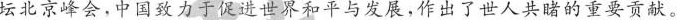
坛北京峰会，中国致力于促进世界和平与发展，作出了世人共睹的重要贡献。